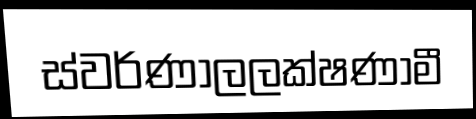
ස්වර්ණාලලක්ෂණාමී